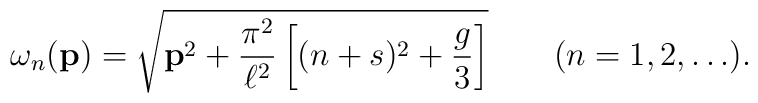
\omega_n({\bf p})=\sqrt{{\bf p}^2+\frac{\pi^2}{\ell^2}\left[(n+s)^2+\frac{g}{3}\right]}\qquad(n=1,2,\ldots).